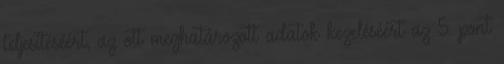
teljesítéséért, az ott meghatározott adatok kezeléséért az 5. pont